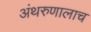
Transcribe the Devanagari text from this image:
अंथरुणालाच